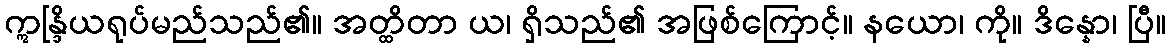
ဣန္ဒြိယရုပ်မည်သည်၏။ အတ္ထိတာ ယ၊ ရှိသည်၏ အဖြစ်ကြောင့်။ နယော၊ ကို။ ဒိန္နော၊ ပြီ။